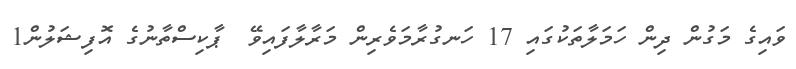
ވައިގެ މަގުން ދިން ހަމަލާތަކުގައި 17 ހަނގުރާމަވެރިން މަރާލާފައިވޭ  ޕާކިސްތާނުގެ އޮފިޝަލުން1